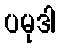
ပမုဒါ